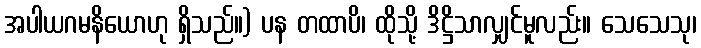
အပါယဂမနိယောဟု ရှိသည်။) ပန တထာပိ၊ ထိုသို့ ဒိဋ္ဌိသာလျှင်မူလည်း။ သေသေသု၊